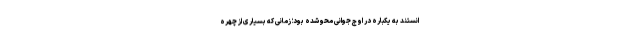
انستند به یکباره در اوج جوانی محو شده بود؛ زمانی که بسیاری از چهره